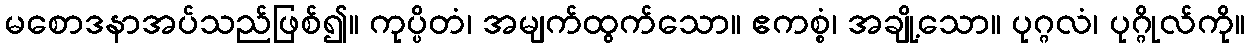
မစောဒနာအပ်သည်ဖြစ်၍။ ကုပ္ပိတံ၊ အမျက်ထွက်သော။ ဧကစ္စံ၊ အချို့သော။ ပုဂ္ဂလံ၊ ပုဂ္ဂိုလ်ကို။